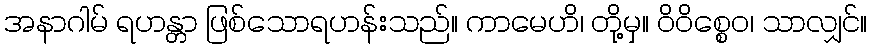
အနာဂါမ် ရဟန္တာ ဖြစ်သောရဟန်းသည်။ ကာမေဟိ၊ တို့မှ။ ဝိဝိစ္စေဝ၊ သာလျှင်။